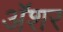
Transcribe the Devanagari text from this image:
अॅशर